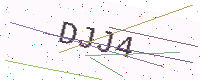
Text: DJJ4